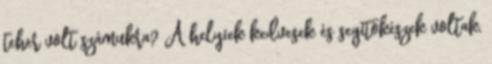
teher volt számukra? A helyiek kedvesek és segítőkészek voltak,